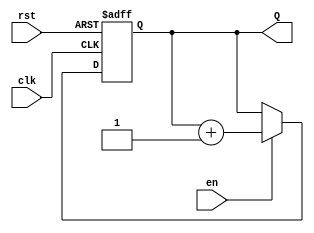
module UpCounterWithEnable #(
    parameter N = 4 // Number of bits for the counter
)(
    input wire clk,      // Clock input
    input wire en,       // Enable input
    input wire rst,      // Asynchronous reset input
    output reg [N-1:0] Q // Count output
);

// Always block triggered on the rising edge of the clock or the reset signal
always @(posedge clk or posedge rst) begin
    if (rst) begin
        // Reset the counter to zero
        Q <= 0;
    end else if (en) begin
        // Increment the counter
        Q <= Q + 1;
    end
    // If en is low, the counter retains its value (no action needed)
end

endmodule